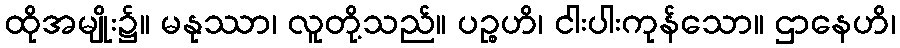
ထိုအမျိုး၌။ မနုဿာ၊ လူတို့သည်။ ပဉ္စဟိ၊ ငါးပါးကုန်သော။ ဌာနေဟိ၊